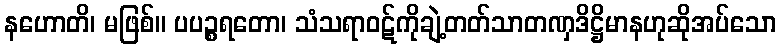
နဟောတိ၊ မဖြစ်။ ပပဉ္စရတော၊ သံသရာဝဋ်ကိုချဲ့တတ်သာတဏှဒိဋ္ဌိမာနဟုဆိုအပ်သော